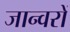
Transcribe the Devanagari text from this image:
जान्वरों